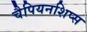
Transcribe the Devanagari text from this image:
चैपियनशिप्स